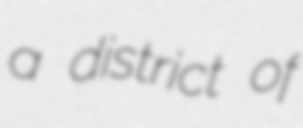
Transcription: a district of